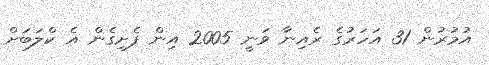
އުމުރުން 31 އަހަރުގެ ރެއިނާ ވަނީ 2005 އިން ފެށިގެން އެ ކްލަބަށް